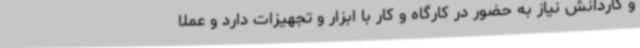
و کاردانش نیاز به حضور در کارگاه و کار با ابزار و تجهیزات دارد و عملا